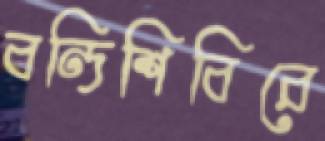
বন্দিশিবিরে